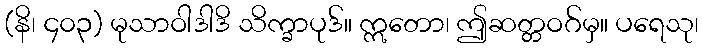
(နိ၊ ၄၀၃) မုသာဝါဒါဒိ သိက္ခာပုဒ်။ ဣတော၊ ဤဆတ္တဝဂ်မှ။ ပရေသု၊